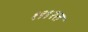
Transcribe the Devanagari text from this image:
१९९२त